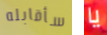
سأقابله يا